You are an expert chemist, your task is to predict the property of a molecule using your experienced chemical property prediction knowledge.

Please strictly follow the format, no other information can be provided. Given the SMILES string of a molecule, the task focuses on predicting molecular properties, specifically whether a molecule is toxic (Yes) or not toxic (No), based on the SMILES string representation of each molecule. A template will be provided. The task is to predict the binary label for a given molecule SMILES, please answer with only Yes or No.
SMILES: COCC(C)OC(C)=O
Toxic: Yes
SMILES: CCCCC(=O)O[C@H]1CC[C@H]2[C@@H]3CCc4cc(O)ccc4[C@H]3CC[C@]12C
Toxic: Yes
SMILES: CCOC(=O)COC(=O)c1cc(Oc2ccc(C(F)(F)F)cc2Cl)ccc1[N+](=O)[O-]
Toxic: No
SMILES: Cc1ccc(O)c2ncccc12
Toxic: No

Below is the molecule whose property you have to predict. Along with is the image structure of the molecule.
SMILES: CC(=O)Oc1ccc2c3c1O[C@H]1[C@@H](OC(C)=O)C=C[C@H]4[C@@H](C2)N(C)CC[C@]314
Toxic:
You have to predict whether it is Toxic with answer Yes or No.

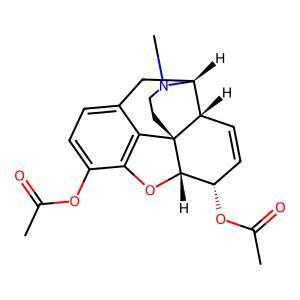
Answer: No